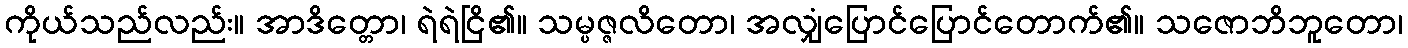
ကိုယ်သည်လည်း။ အာဒိတ္တော၊ ရဲရဲငြိ၏။ သမ္ပဇ္ဇလိတော၊ အလျှံပြောင်ပြောင်တောက်၏။ သဇောဘိဘူတော၊